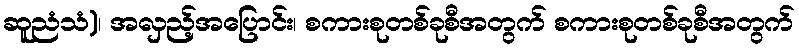
ဆူညံသံ)၊ အလှည့်အပြောင်း၊ စကားစုတစ်ခုစီအတွက် စကားစုတစ်ခုစီအတွက်